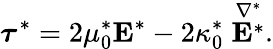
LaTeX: \boldsymbol{\tau}^{*}=2\mu_{0}^{*}\boldsymbol{\mathrm{E}}^{*}-2\kappa_{0}^{*}\stackrel{\nabla^{*}}{\boldsymbol{\mathrm{E}}^{*}}.